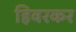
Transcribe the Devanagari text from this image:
हिवरकर